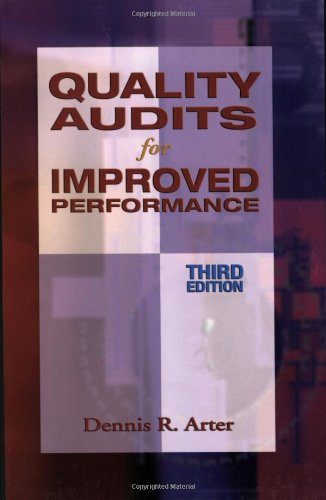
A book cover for Quality Audits for Improved Performance; Dennis R. Arter; Business & Money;